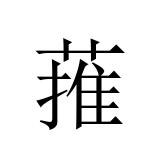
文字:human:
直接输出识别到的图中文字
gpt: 蓷